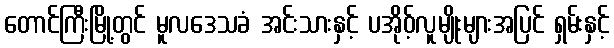
တောင်ကြီးမြို့တွင် မူလဒေသခံ အင်းသားနှင့် ပအိုဝ့်လူမျိုးများအပြင် ရှမ်းနှင့်